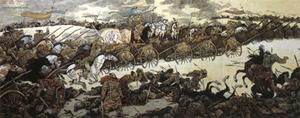
争地以战，杀人盈野争城以战，杀人盈城，此所谓率土地而食人肉，罪不容于死。